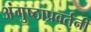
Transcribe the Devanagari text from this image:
अंगुष्ठाप्रवर्तनी